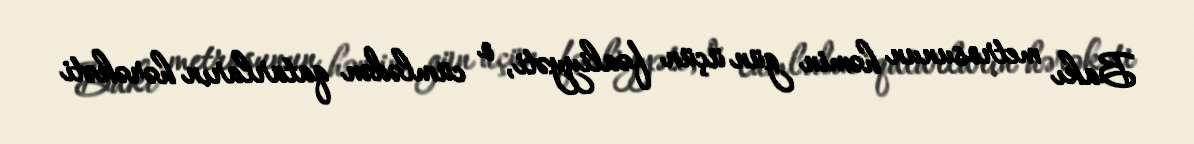
Bakı metrosunun həmin gün üçün fəaliyyəti, o cümlədən qatarların hərəkəti